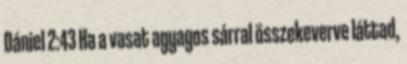
Dániel 2:43 Ha a vasat agyagos sárral összekeverve láttad,